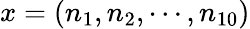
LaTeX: x=(n_{1},n_{2},\cdots,n_{10})